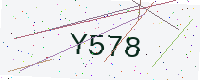
Text: Y578